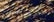
المفاجئة